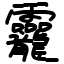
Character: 龗